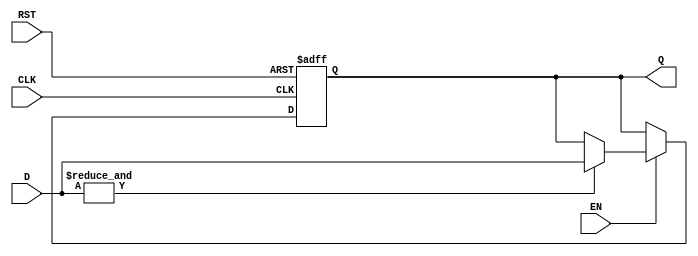
module barrier_register #(
    parameter N = 4 // Number of data inputs (can be adjusted)
)(
    input  wire [N-1:0] D,     // Data Inputs
    input  wire EN,            // Enable Signal
    input  wire CLK,           // Clock Signal
    input  wire RST,           // Reset Signal
    output reg  [N-1:0] Q      // Output
);

// Asynchronous Reset
always @(posedge CLK or posedge RST) begin
    if (RST) begin
        Q <= {N{1'b0}}; // Reset output to zero
    end else if (EN) begin
        // Check if all inputs are valid (not reset)
        if (&D) begin // If all inputs are high (valid state)
            Q <= D; // Capture the current data inputs
        end
        // If any input is low, Q retains its previous value
    end
end

endmodule